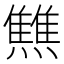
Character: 𤒏